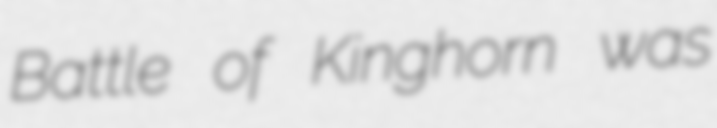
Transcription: Battle of Kinghorn was